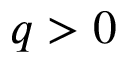
q > 0